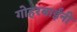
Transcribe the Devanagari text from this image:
गोहरबाईंनी